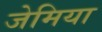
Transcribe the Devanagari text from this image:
जेमिया